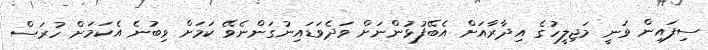
ސިފައިން ވަނީ މަޖިލީހުގެ އިދާރާއަށް އެބޭފުޅުންނަށް ވަދެވަޑައިނުގަންނެވޭ ކަމަށް ވިބުނެ އެކަމަށް ހުރަސް